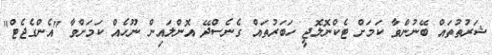
ޝަރުތުތައް ބޭނުންވާ ކަމަށް ޓެކްނޮލޮޖީ ހަބަރުތައް ގެނެސްދޭ އޮންލައިން ނޫހެއް ކަމަށްވާ "އެންގެޖެޓް"